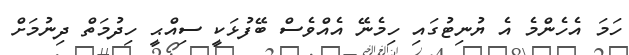
ހަމަ އެހެންމެ އެ ޔުނިޓުގައި ހިމެނޭ އެއްވެސް ބޭފުޅަކީ ސިއްޙީ ހިދުމަތް ދިނުމަށް